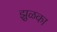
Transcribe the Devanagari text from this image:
झुळका